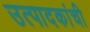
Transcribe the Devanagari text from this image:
उत्पादकांची